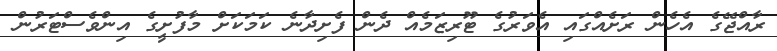
ރާއްޖޭގެ އެހެން ރަށެއްގައި އެވަރުގެ ޓޫރިޒަމެއް ދެން ފެށިދާނެ ކަމަކަށް މާފުށީގެ އިންވެސްޓަރުން